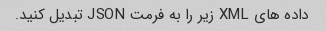
داده های XML زیر را به فرمت JSON تبدیل کنید.